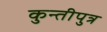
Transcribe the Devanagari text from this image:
कुन्तीपुत्र